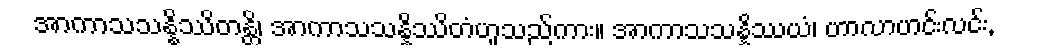
အာကာသသန္နိဿိတန္တိ၊ အာကာသသန္နိဿိတံဟူသည်ကား။ အာကာသသန္နိဿယံ၊ ဟာလာဟင်းလင်း,